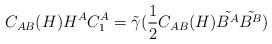
LaTeX: \begin{align*}C_{AB}(H) H^A C^A_1 = \tilde{\gamma} (\frac{1}{2}C_{AB}(H)\tilde{B^A} \tilde{B^B})\end{align*}